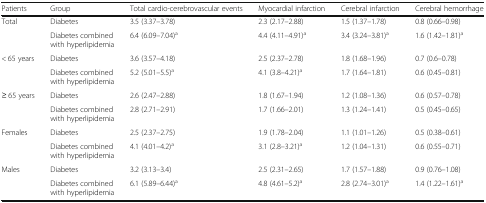
<table><thead><tr><td><b>Patients</b></td><td><b>Group</b></td><td><b>Total cardio-cerebrovascular events</b></td><td><b>Myocardial infarction</b></td><td><b>Cerebral infarction</b></td><td><b>Cerebral hemorrhage</b></td></tr></thead><tbody><tr><td rowspan="2">Total</td><td>Diabetes</td><td>3.5 (3.37–3.78)</td><td>2.3 (2.17–2.88)</td><td>1.5 (1.37–1.78)</td><td>0.8 (0.66–0.98)</td></tr><tr><td>Diabetes combined with hyperlipidemia</td><td>6.4 (6.09–7.04)<sup>a</sup></td><td>4.4 (4.11–4.91)<sup>a</sup></td><td>3.4 (3.24–3.81)<sup>a</sup></td><td>1.6 (1.42–1.81)<sup>a</sup></td></tr><tr><td rowspan="2">&lt; 65 years</td><td>Diabetes</td><td>3.6 (3.57–4.18)</td><td>2.5 (2.37–2.78)</td><td>1.8 (1.68–1.96)</td><td>0.7 (0.6–0.78)</td></tr><tr><td>Diabetes combined with hyperlipidemia</td><td>5.2 (5.01–5.5)<sup>a</sup></td><td>4.1 (3.8–4.21)<sup>a</sup></td><td>1.7 (1.64–1.81)</td><td>0.6 (0.45–0.81)</td></tr><tr><td rowspan="2">≥ 65 years</td><td>Diabetes</td><td>2.6 (2.47–2.88)</td><td>1.8 (1.67–1.94)</td><td>1.2 (1.08–1.36)</td><td>0.6 (0.57–0.78)</td></tr><tr><td>Diabetes combined with hyperlipidemia</td><td>2.8 (2.71–2.91)</td><td>1.7 (1.66–2.01)</td><td>1.3 (1.24–1.41)</td><td>0.5 (0.45–0.65)</td></tr><tr><td rowspan="2">Females</td><td>Diabetes</td><td>2.5 (2.37–2.75)</td><td>1.9 (1.78–2.04)</td><td>1.1 (1.01–1.26)</td><td>0.5 (0.38–0.61)</td></tr><tr><td>Diabetes combined with hyperlipidemia</td><td>4.1 (4.01–4.2)<sup>a</sup></td><td>3.1 (2.8–3.21)<sup>a</sup></td><td>1.2 (1.04–1.31)</td><td>0.6 (0.55–0.71)</td></tr><tr><td rowspan="2">Males</td><td>Diabetes</td><td>3.2 (3.13–3.4)</td><td>2.5 (2.31–2.65)</td><td>1.7 (1.57–1.88)</td><td>0.9 (0.76–1.08)</td></tr><tr><td>Diabetes combined with hyperlipidemia</td><td>6.1 (5.89–6.44)<sup>a</sup></td><td>4.8 (4.61–5.2)<sup>a</sup></td><td>2.8 (2.74–3.01)<sup>a</sup></td><td>1.4 (1.22–1.61)<sup>a</sup></td></tr></tbody></table>